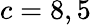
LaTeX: c=8,5